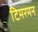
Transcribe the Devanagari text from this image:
टिमरमन